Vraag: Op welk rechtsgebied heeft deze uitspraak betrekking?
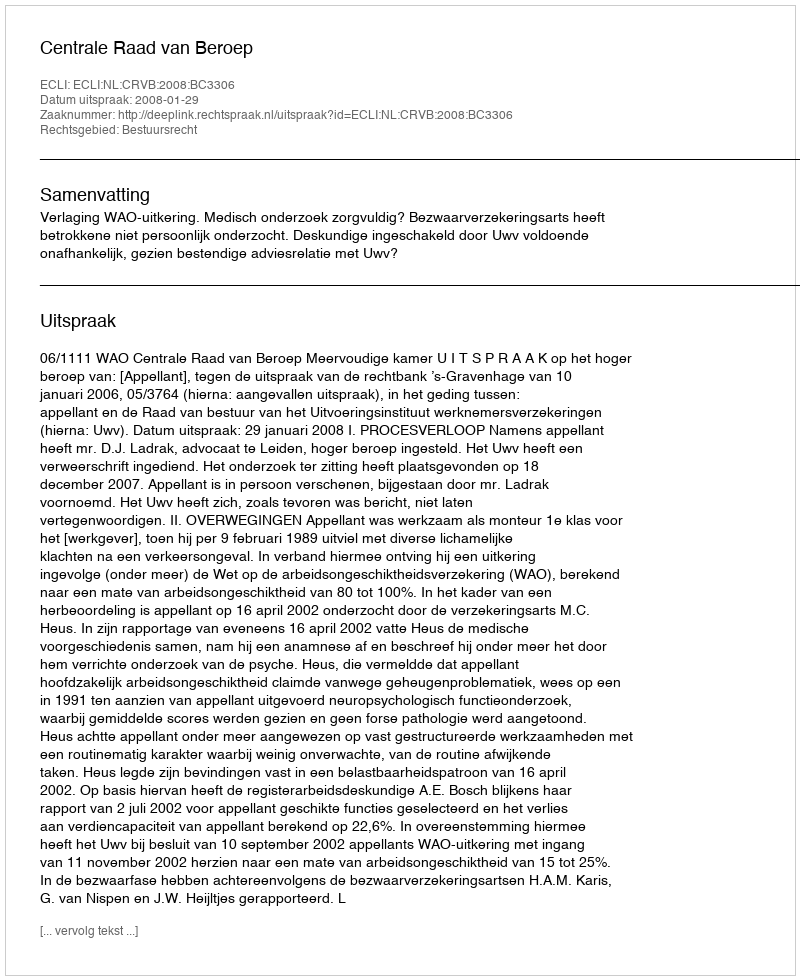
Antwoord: Bestuursrecht